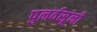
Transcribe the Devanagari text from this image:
पुनर्वसूंनी